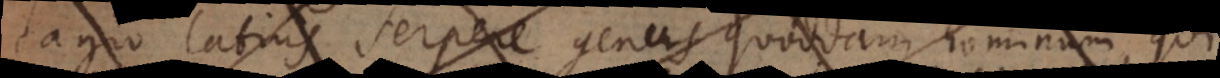
tagio latius serpere genus quoddam hominum, qui